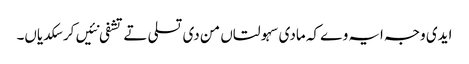
ایدی وجہ ایہ وے کہ مادی سہولتاں من دی تسلی تے تشفی نئیں کر سکدیاں۔